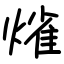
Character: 熦